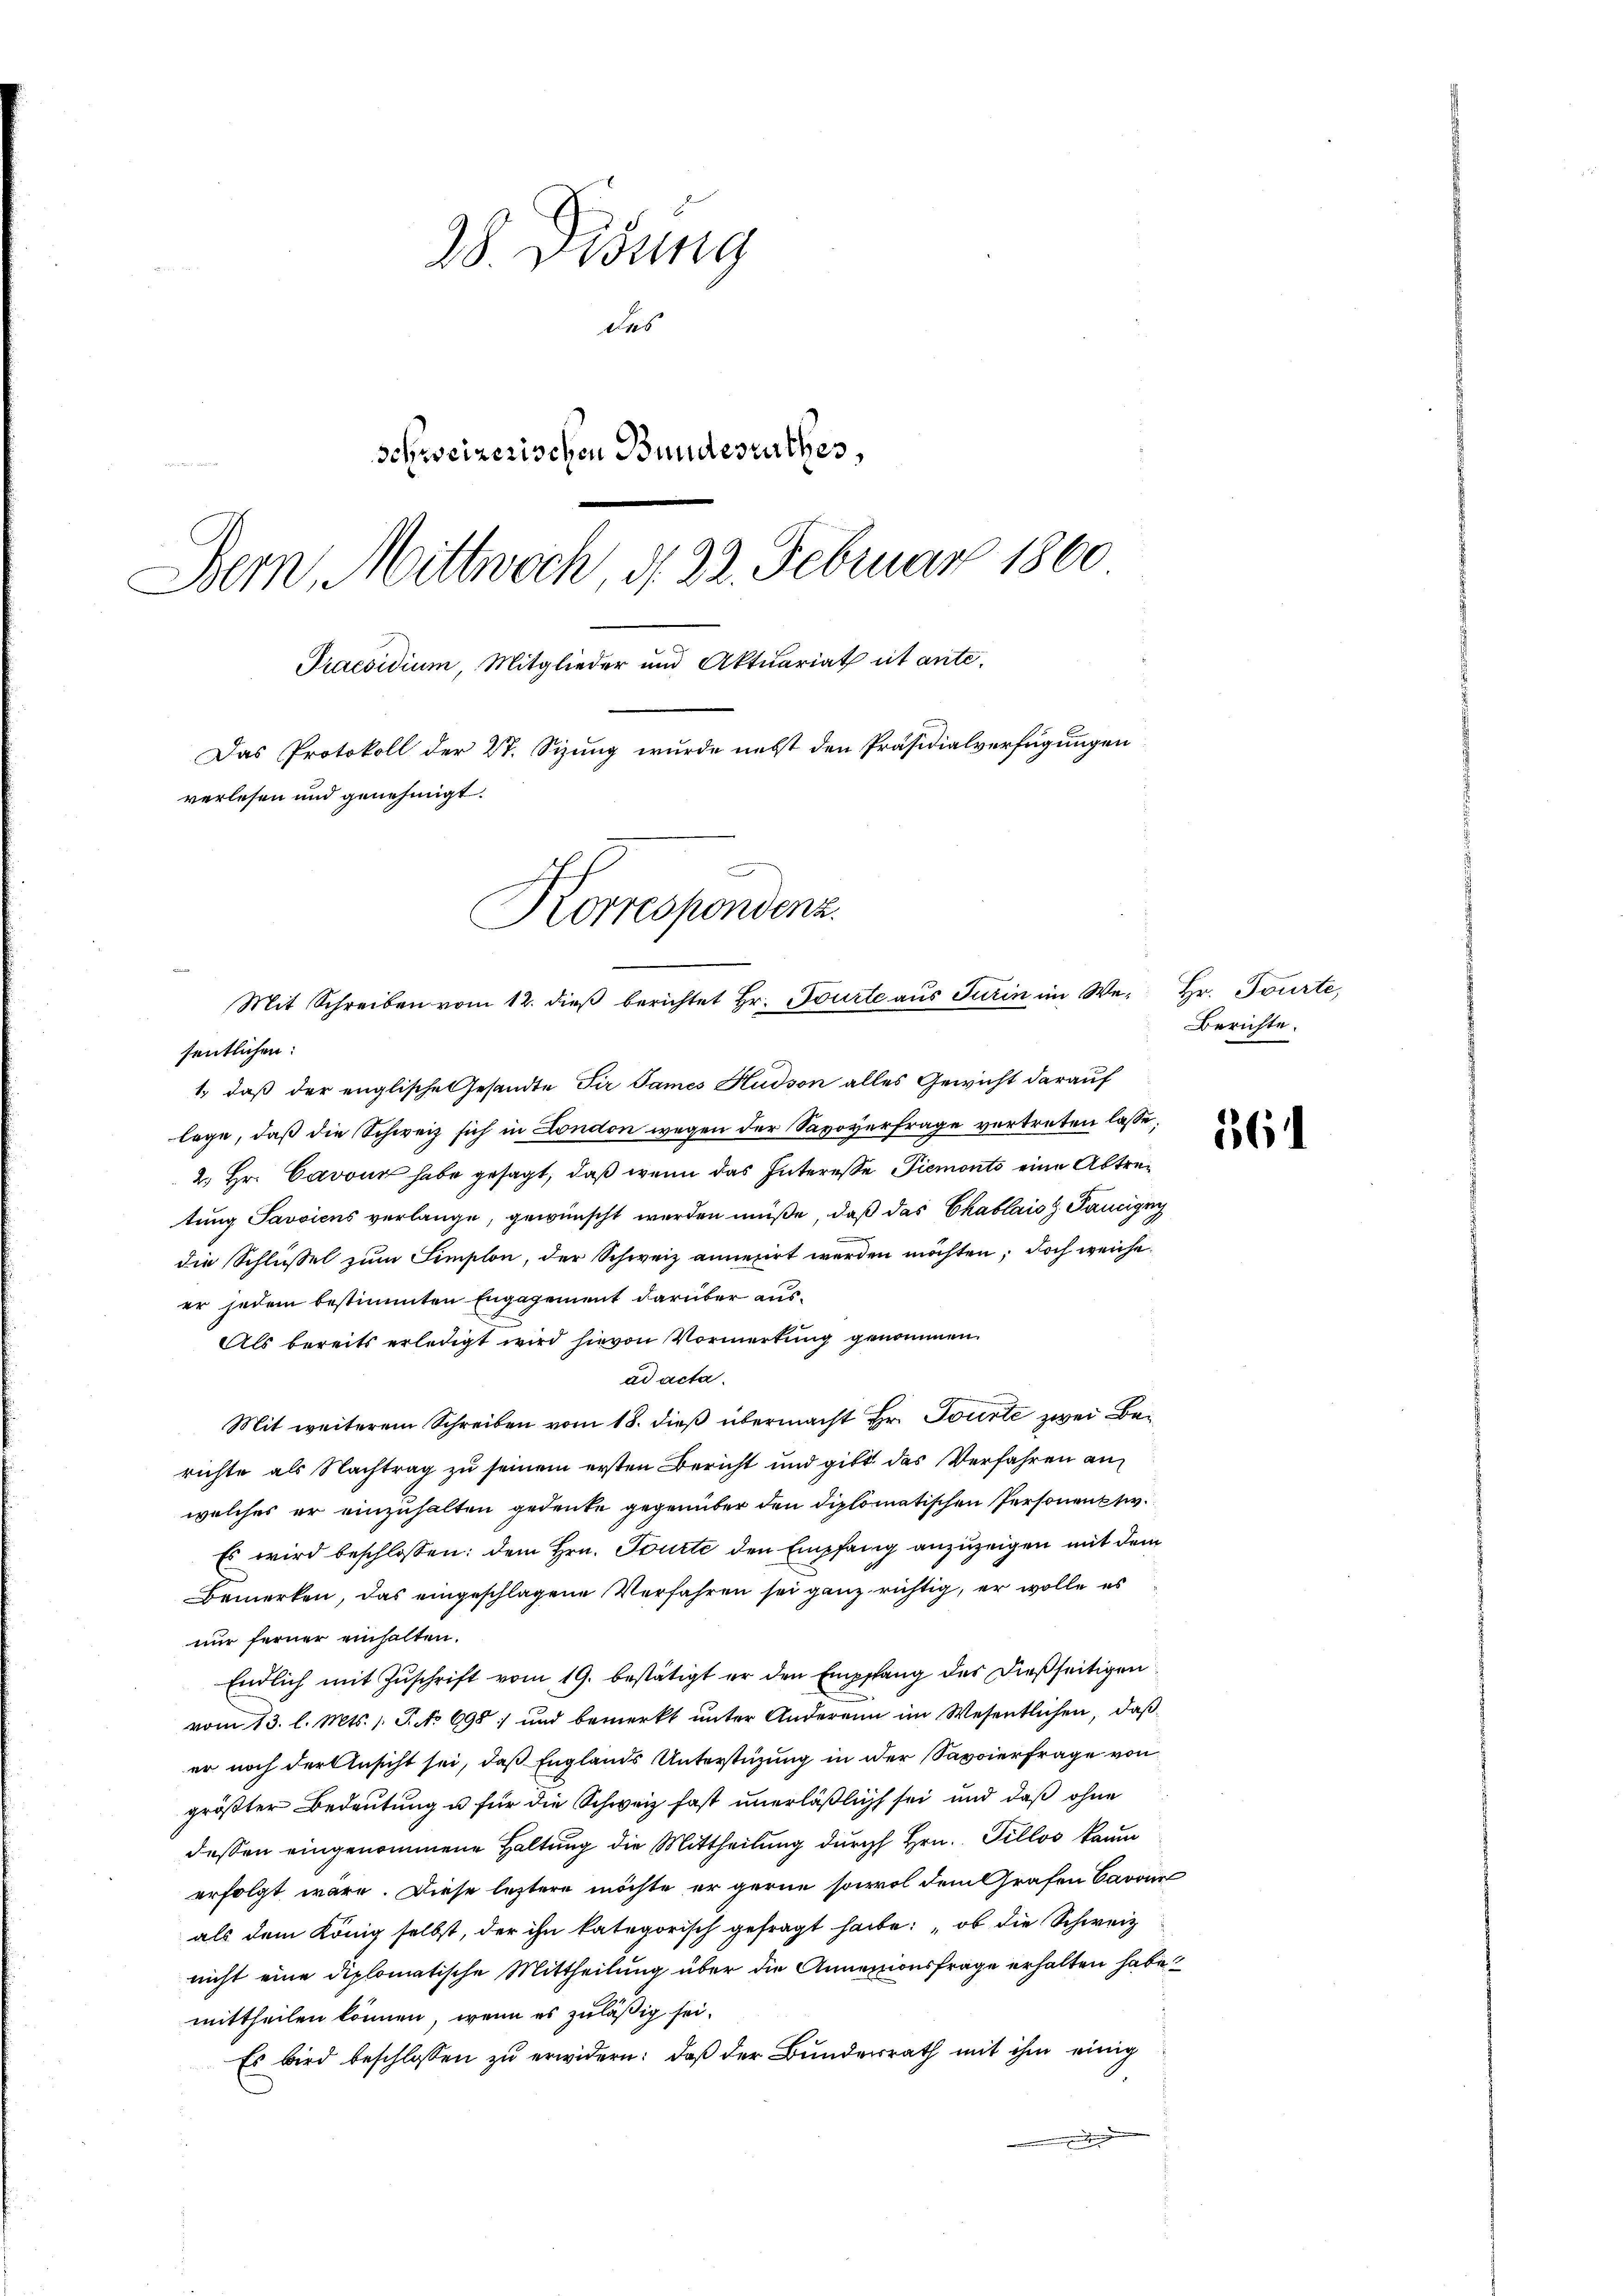
28 Didung
des
schweizerischen Bundesrathes,
Bern, Mittwoch, d. 22. Februar 1860
Praesidium, Mitglieder und Aktuariat et ante¬
Das Protokoll der 27. Sizung wurde nebst den Präsidialverfügungen
verlesen und genehmigt.
Korrespendenz.

Mit Schreiben vom 12. dieβ berichtet Hr. Tourte aus Turin im We- Hr. Tourte,
sentlichen:

1., daß der englische Gesandte Sir James Hudson alles Gewicht darauf
lege, daß die Schweiz sich in London wegen der Savoyerfrage vortreten lasse,
2. Hr. Cavour habe gesagt, daß wenn das Interesse Piemonts eine Abtretung Savoicus verlange, gewünscht werden müße, daß das Chablais Pancigny
u
die Schlüßel zum Simplon, der Schweiz annesirt werden möchten; doch weiche
er jedem bestimmten Engagement darüber aus¬
Als bereits erledigt wird hievon Vormerkung genommen.
ad acta.
Mit weiterem Schreiben vom 18. dieß übermacht Hr. Tourte zwei Berichte als Nachtrag zu seinem ersten Bericht und gibt das Verfahren anwelches er einzuhalten gedenke gegenüber den diplomatischen Personentw
Es wird beschlossen: dem Hrn. Tourte den Empfang anzuzeigen mit dem
Bemerken, das eingeschlagene Verfahren sei ganz richtig, er wolle es
nur ferner einhalten.
Endlich mit Zŭschrift vom 19. bestätigt er den Empffang des dießseitigen
vom 13. l. Mts. 1 S. No 698: und bemerkt ŭnter Anderen im Wesentlichen, daß
er noch der Ansicht sei, daß Englands Unterstüzung in der Savoierfrage von
größter Bedeutung u für die Schweiz fast unerläßlich sei und daß ohne
dessen eingenommene Haltung die Mittheilung durch Hrn. Fillos kaum
erfolgt wäre. Diese leztere möchte er gerne sowol dem Grafen Barone
als dem König selbst, der ihn kategorisch gefragt habe: „ob die Schweiz
nicht eine diplomatische Mittheilung über die Annexionsfrage erhalten habe
mittheilen können, wenn es zuläßig sei.
Es wird beschlossen zu erwidern: daß der Bunderrath mit ihm einig
d

Berichte.

6